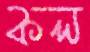
কল